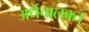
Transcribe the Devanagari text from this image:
अर्धचालक।